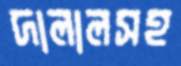
দালালসহ